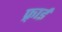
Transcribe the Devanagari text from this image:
फ़्राई